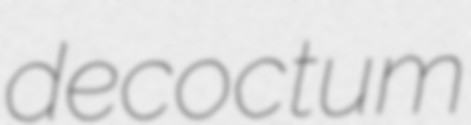
decoctum